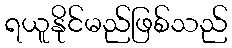
ရယူနိုင်မည်ဖြစ်သည်